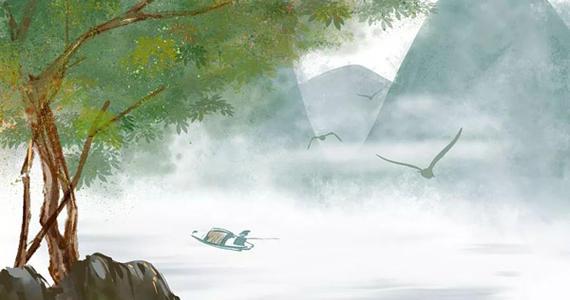
云压西村茅舍重，怕他榾柮同烧。